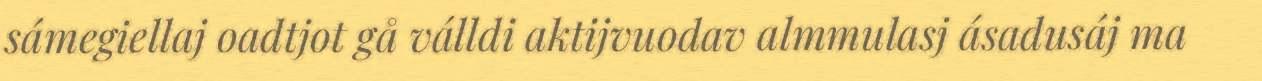
sámegiellaj oadtjot gå válldi aktijvuodav almmulasj ásadusáj ma